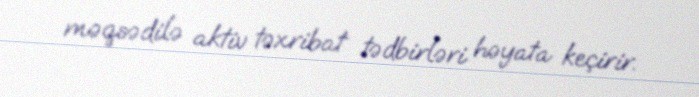
məqsədilə aktiv təxribat tədbirləri həyata keçirir.